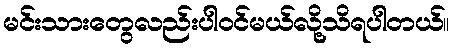
မင်းသားတွေလည်းပါဝင်မယ်လို့သိရပါတယ်။